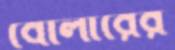
বোলারের